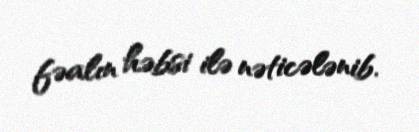
fəalın həbsi ilə nəticələnib.